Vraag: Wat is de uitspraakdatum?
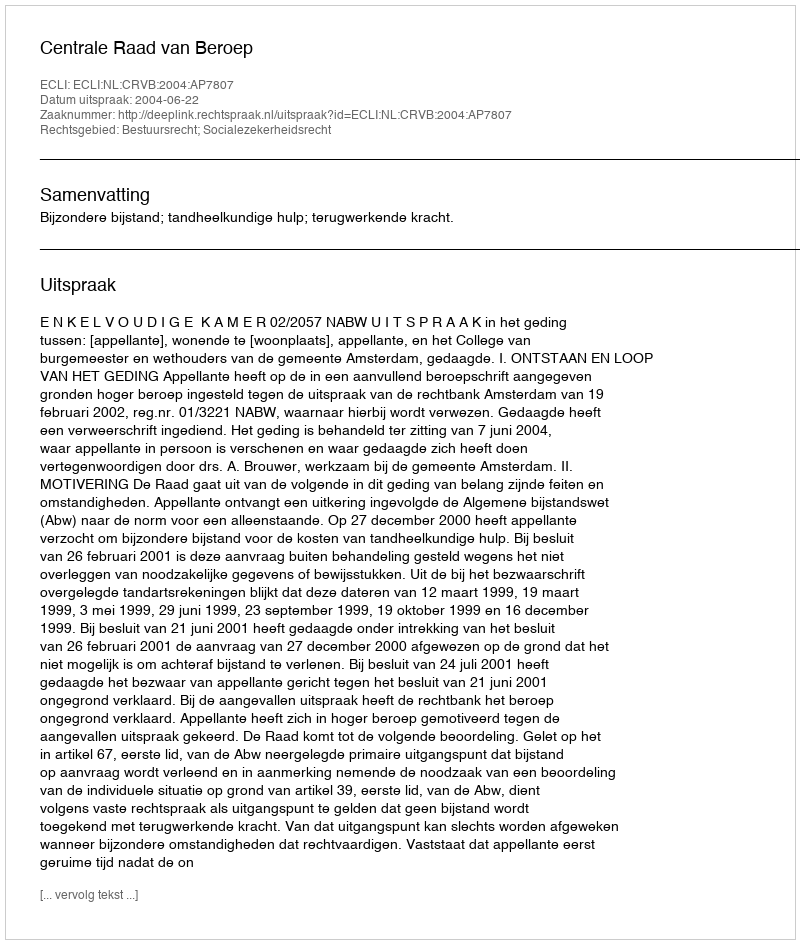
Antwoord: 2004-06-22